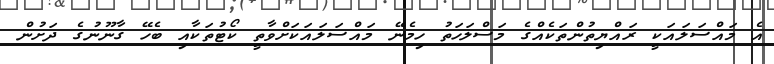
އެ މައްސަލައަކީ ރައްޔިތުންތަކެއްގެ މަސްލަހަތު ހިމެނޭ މައްސަލައަކަށްވާތީ ކޯޓުތަކާއި ބެހޭ ގާނޫނުގެ ދަށުން